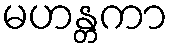
မဟန္တကာ